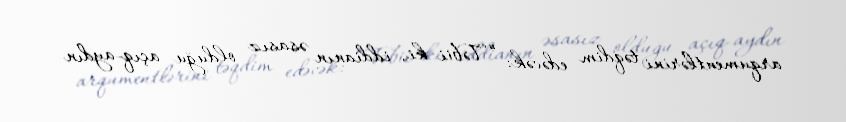
arqumentlərini təqdim edəcək: “Təbii ki, iddianın əsasız olduğu açıq-aydın